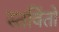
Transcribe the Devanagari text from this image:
स्तविंतो